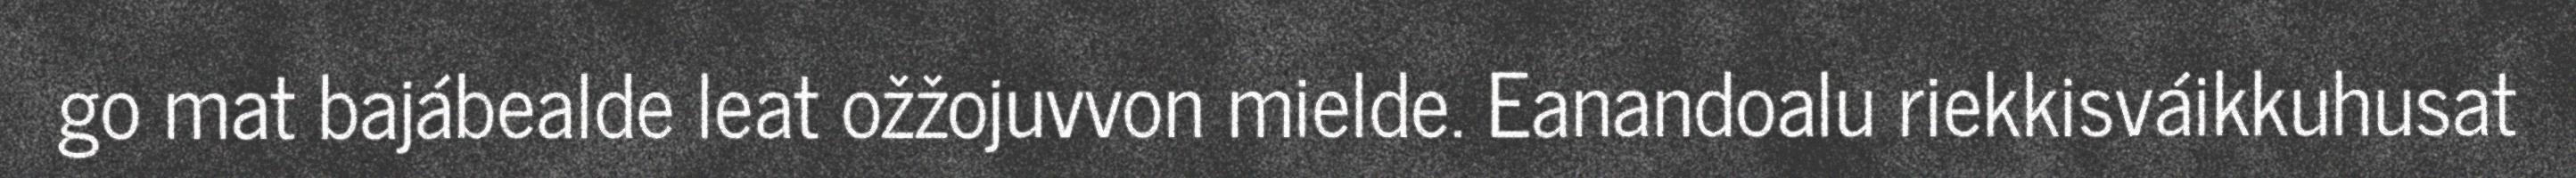
go mat bajábealde leat ožžojuvvon mielde. Eanandoalu riekkisváikkuhusat